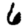
Digit: 6